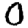
Digit: 0